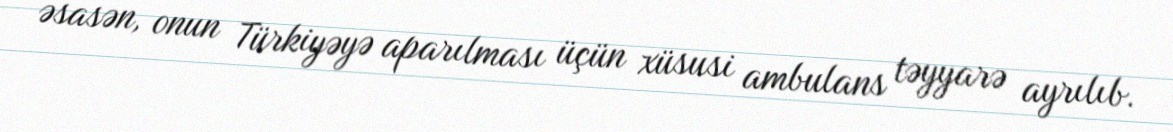
əsasən, onun Türkiyəyə aparılması üçün xüsusi ambulans təyyarə ayrılıb.